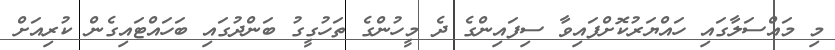
މި މައްސަލާގައި ހައްޔަރުކޮށްފައިވާ ސިފައިންގެ ދެ މީހުންގެ ތަހުގީގު ބަންދުގައި ބަހައްޓައިގެން ކުރިއަށް